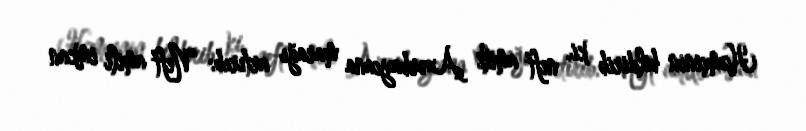
Həmçinin bildirib ki, neft amili Azərbaycana marağı artırıb: “Neft amili imkan